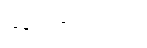
ဆွဲခေါ်သည်။